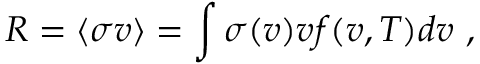
R = \langle \sigma v \rangle = \int \sigma ( v ) v f ( v , T ) d v \ ,